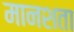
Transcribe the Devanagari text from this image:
मानशता